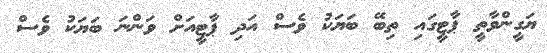
ޔަގީންވާތީ ޕާޓީގައި ތިބޭ ބަޔަކު ވެސް އަދި ޕާޓީއަށް ވަންނަ ބަޔަކު ވެސް